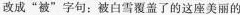
改成”被”字句：被白雪覆盖了的这座美丽的